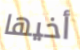
أخيها